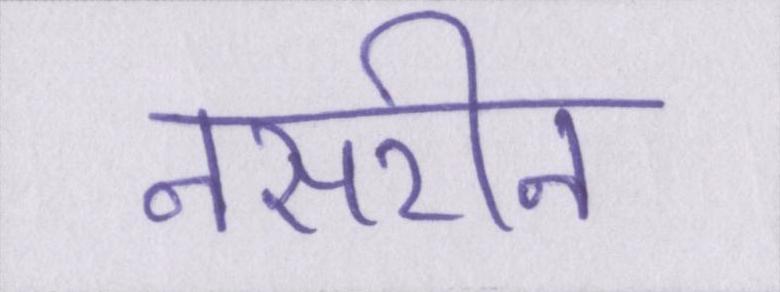
नसरीन